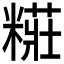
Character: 糚